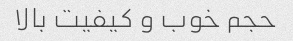
حجم خوب و کیفیت بالا